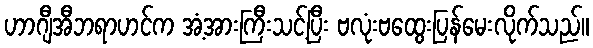
ဟာဂျီအီဘရာဟင်က အံ့အားကြီးသင့်ပြီး ဗလုံးဗထွေးပြန်မေးလိုက်သည်။